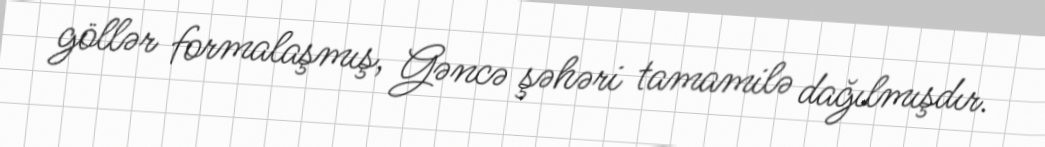
göllər formalaşmış, Gəncə şəhəri tamamilə dağılmışdır.